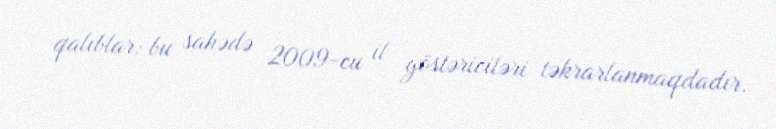
qalıblar: bu sahədə 2009-cu il göstəriciləri təkrarlanmaqdadır.